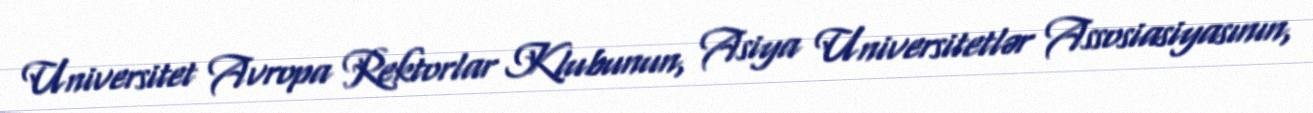
Universitet Avropa Rektorlar Klubunun, Asiya Universitetlər Assosiasiyasının,